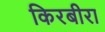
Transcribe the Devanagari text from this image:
किरबीरा